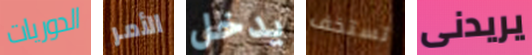
الدوريات الأمر يدخل تستخف يريدنى